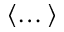
\langle \dots \rangle